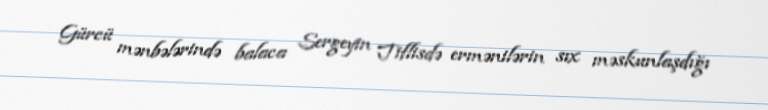
Gürcü mənbələrində balaca Sergeyin Tiflisdə ermənilərin sıx məskunlaşdığı